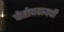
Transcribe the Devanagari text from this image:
पोहोचवायची